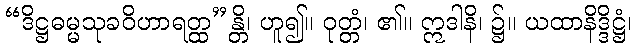
“ဒိဋ္ဌဓမ္မသုခဝိဟာရတ္ထ”န္တိ၊ ဟူ၍။ ဝုတ္တံ၊ ၏။ ဣဒါနိ၊ ၌။ ယထာနိဒ္ဒိဋ္ဌံ၊